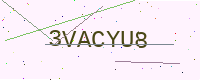
Text: 3VACYU8